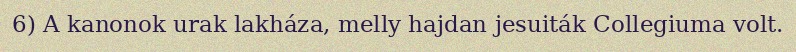
6) A kanonok urak lakháza, melly hajdan jesuiták Collegiuma volt.